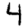
Digit: 4